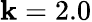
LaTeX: \mathbf{k}=2.0